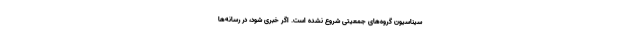
سیناسیون گروه‌های جمعیتی شروع نشده است. اگر خبری شود، در رسانه‌ها